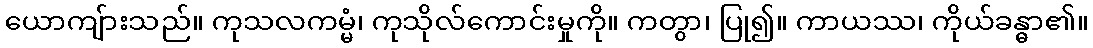
ယောကျ်ားသည်။ ကုသလကမ္မံ၊ ကုသိုလ်ကောင်းမှုကို။ ကတွာ၊ ပြု၍။ ကာယဿ၊ ကိုယ်ခန္ဓာ၏။